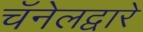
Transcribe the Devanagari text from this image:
चॅनेलद्वारे